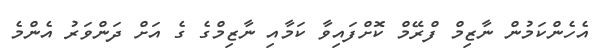
އެހެންކަމުން ނާޒިމް ފްރޭމް ކޮށްފައިވާ ކަމާއި ނާޒިމްގެ ގެ އަށް ދަންވަރު އެންމެ